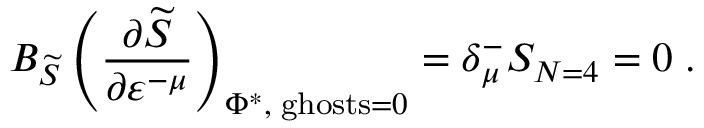
B _ { \widetilde { S } } \left( \frac { \partial \widetilde { S } } { \partial \varepsilon ^ { - \mu } } \right) _ { \Phi ^ { * } , \; \mathrm { g h o s t s } = 0 } = \delta _ { \mu } ^ { - } S _ { N = 4 } = 0 \; .